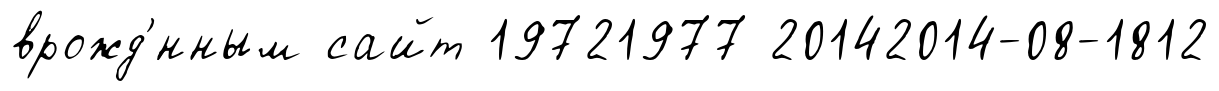
врожд'́нным сайт 19721977 20142014-08-1812